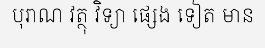
បុរាណ វត្ថុ វិទ្យា ផ្សេង ទៀត មាន